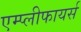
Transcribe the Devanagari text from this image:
एम्प्लीफायर्स